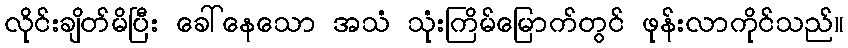
လိုင်းချိတ်မိပြီး ခေါ်နေသော အသံ သုံးကြိမ်မြောက်တွင် ဖုန်းလာကိုင်သည်။